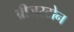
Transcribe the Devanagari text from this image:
ब्रीजस्टोन